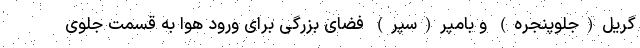
گریل(جلوپنجره) و بامپر(سپر) فضای بزرگی برای ورود هوا به قسمت جلوی